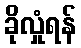
ခိုလှုံရန်